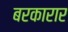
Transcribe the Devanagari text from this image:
बरकारार